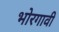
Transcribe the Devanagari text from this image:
भोरगावी